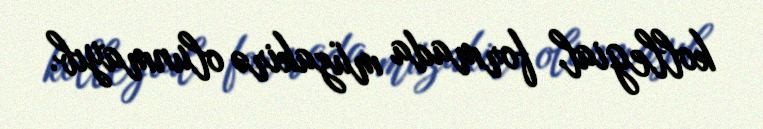
kollegial formada müzakirə olunmayıb.